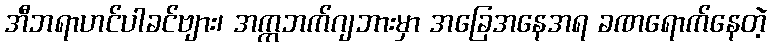
အီဘရာဟင်ပါခင်ဗျား၊ အက္ကဘက်ဂျဘားမှာ အခြေအနေအရ ခဏရောက်နေတဲ့